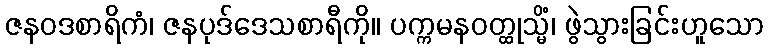
ဇနဝဒစာရိကံ၊ ဇနပုဒ်ဒေသစာရီကို။ ပက္ကမနဝတ္ထုသ္မိံ၊ ဖွဲသွားခြင်းဟူသော